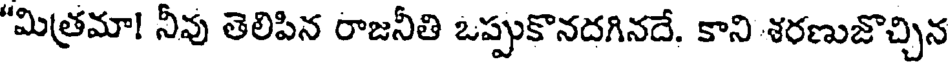
"మిత్రమా! నీవు తెలిపిన రాజనీతి ఒప్పుకొనదగినదే. కాని శరణుజొచ్చిన